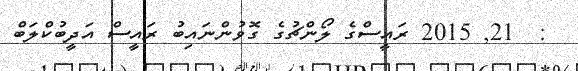
:  21